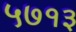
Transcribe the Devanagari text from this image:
५७१३